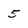
Character: 5